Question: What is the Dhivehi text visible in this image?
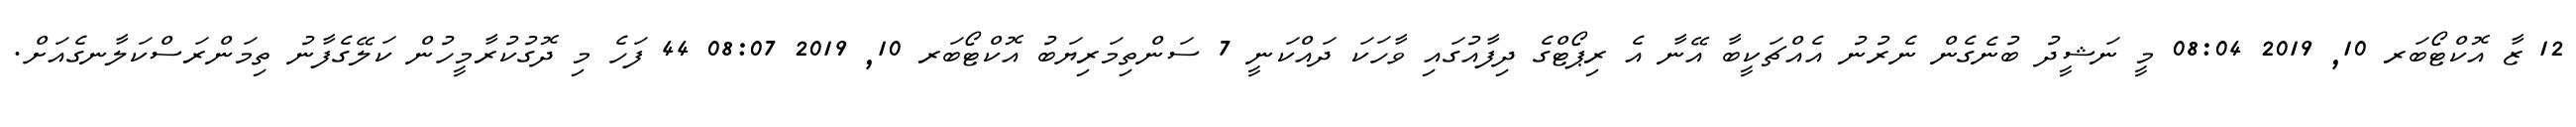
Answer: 12 ޒާ އޮކްޓޯބަރ 10, 2019 08:04 މީ ނަޝީދު ބުނެގެން ނެރުނު އެއްޗަކީބާ އޭނާ އެ ރިޕޯޓްގެ ދިފާއުގައި ވާހަކަ ދައްކަނީ 7 ސަންތިމަރިޔަބު އޮކްޓޯބަރ 10, 2019 08:07 44 ފަހެ މި ދޮގުކުރާމީހުން ކަލޭގެފާނު ތިމަންރަސްކަލާނގެއަށް.